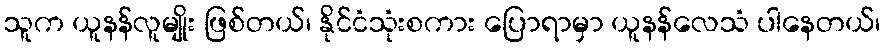
သူက ယူနန်လူမျိုး ဖြစ်တယ်၊ နိုင်ငံသုံးစကား ပြောရာမှာ ယူနန်လေသံ ပါနေတယ်၊